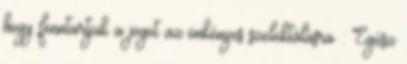
hogy fenntartjuk a jogot az önkényes szelektálásra : Egész